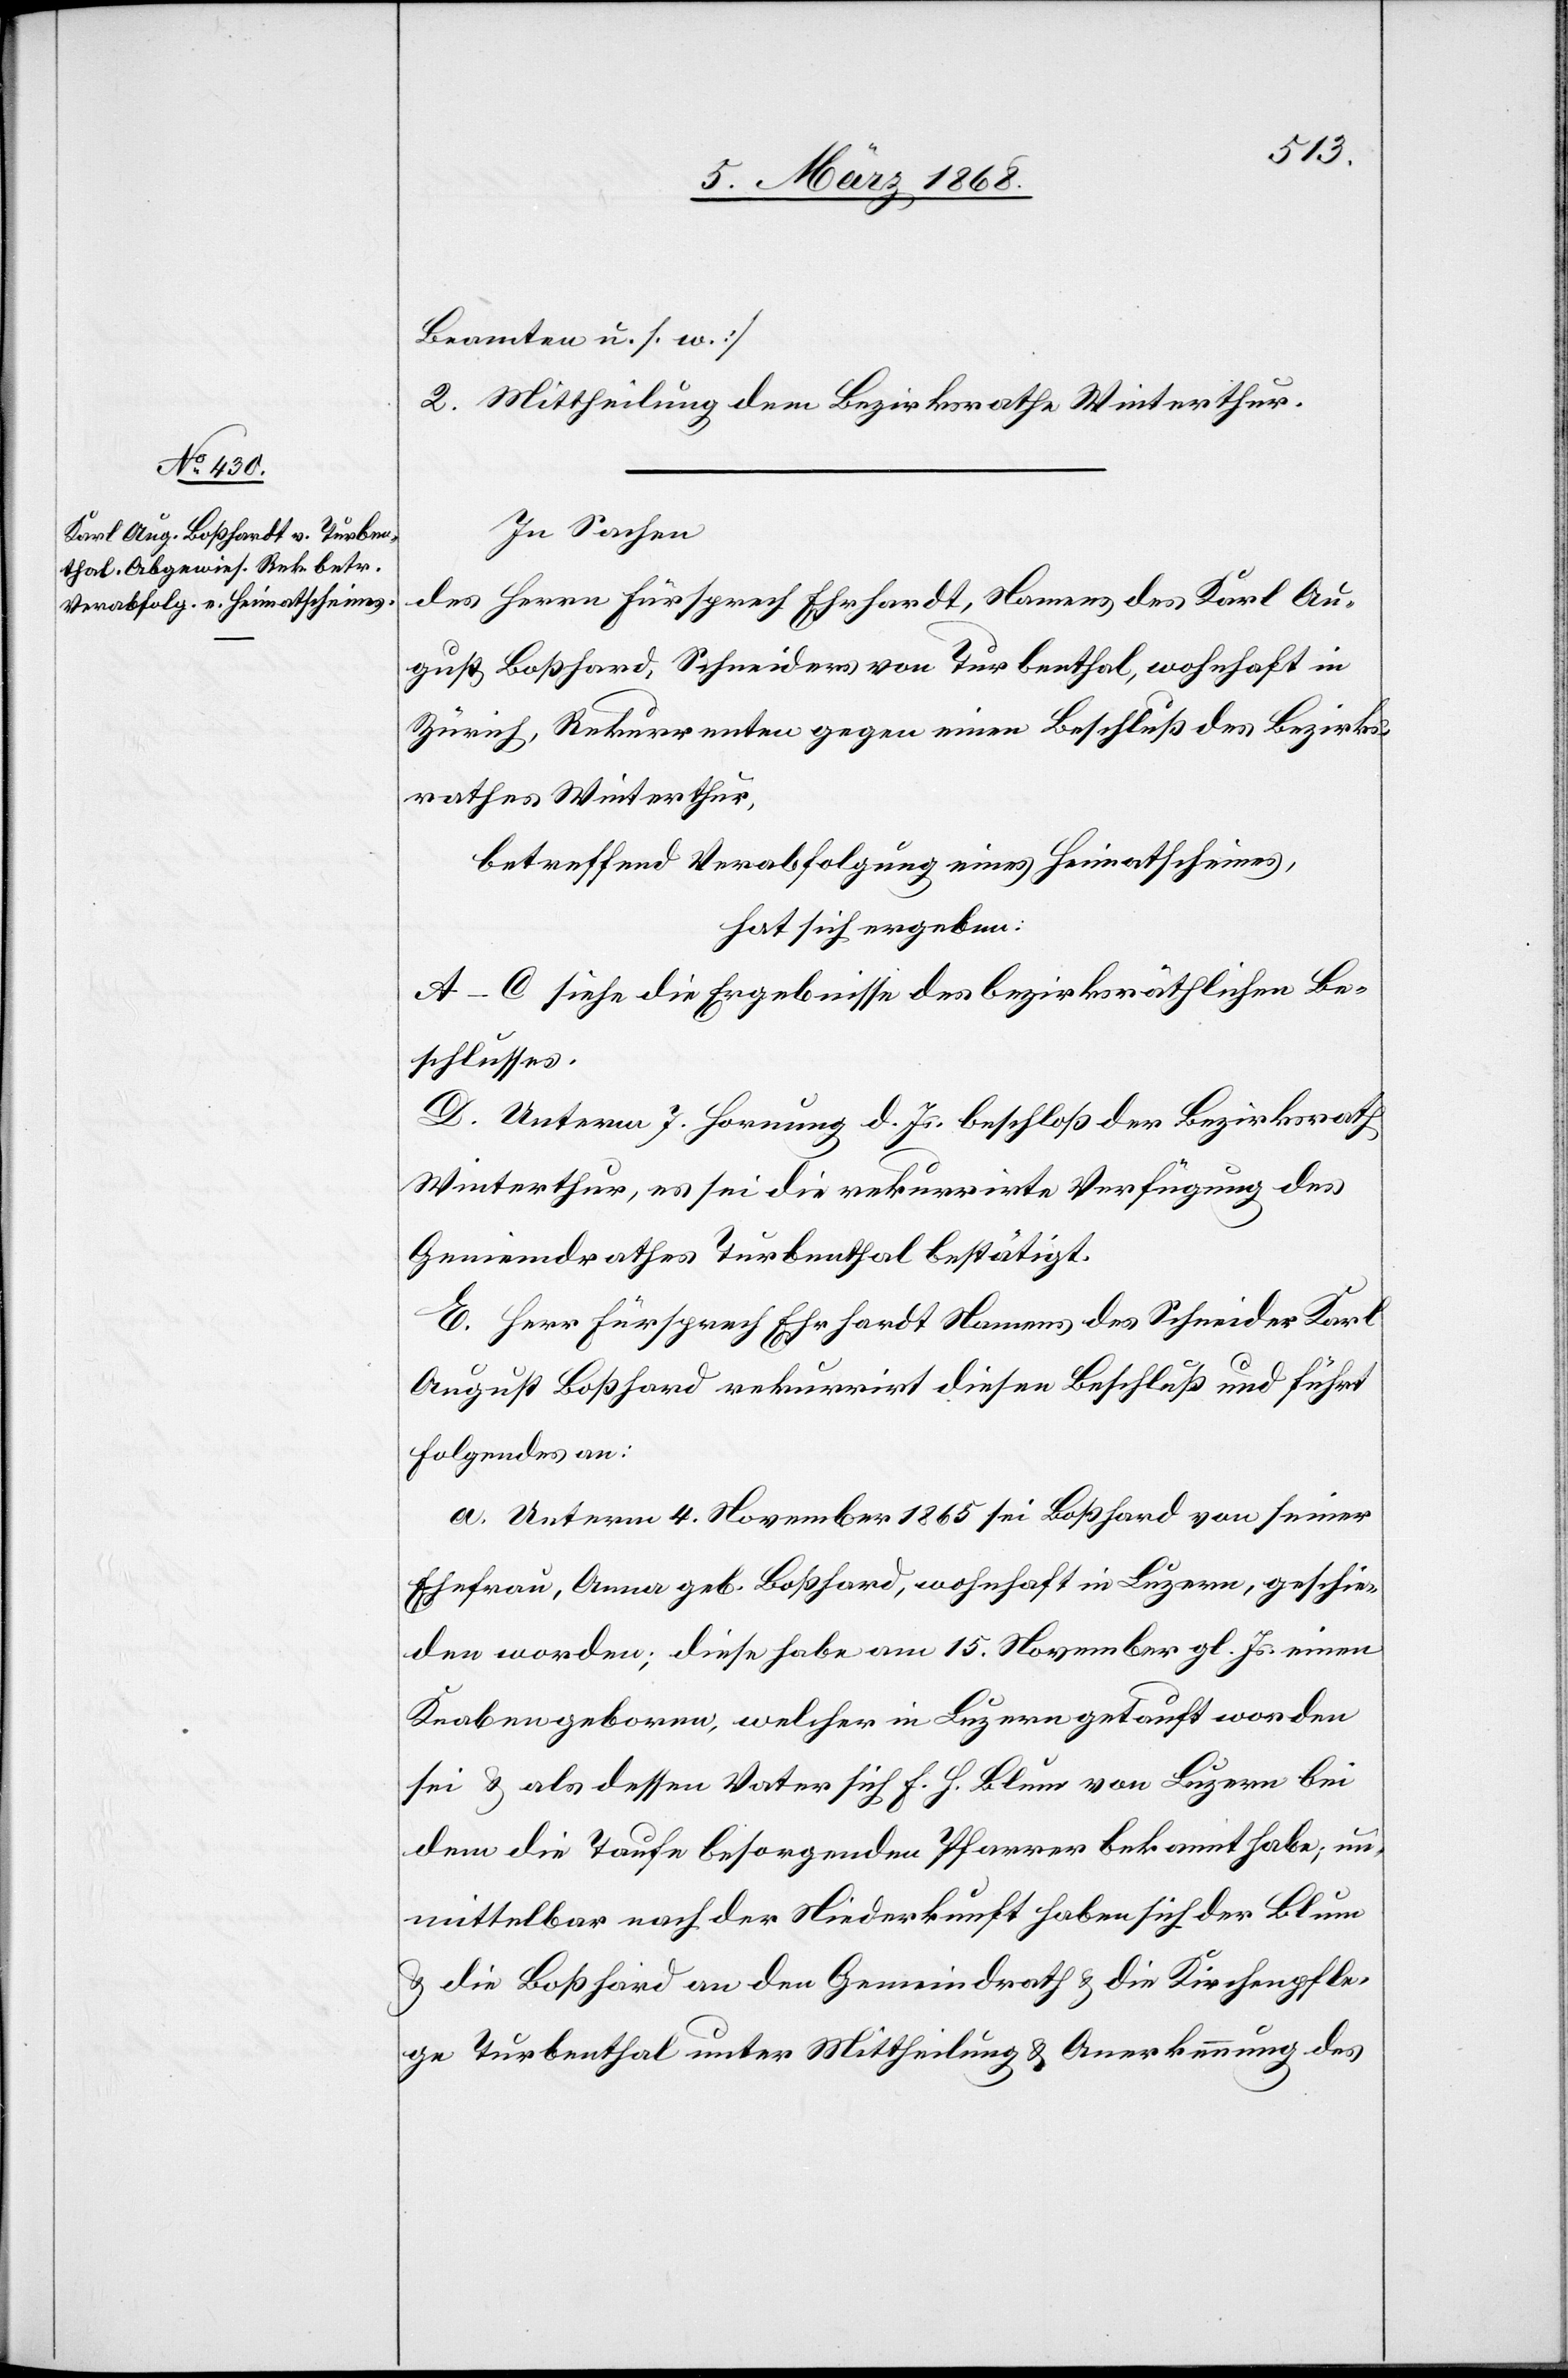
Beamten u. s. w.]
2. Mittheilung dem Bezirksrathe Winterthur.
In Sachen
des Herrn Fürsprech Ehrhardt, Namens des Karl Au¬
gust Boßhard [sic!], Schneiders von Turbenthal, wohnhaft in
Zürich, Rekurrenten gegen einen Beschluß des Bezirks¬
rathes Winterthur,
betreffend Verabfolgung eines Heimatscheines,
hat sich ergeben:
A–C siehe die Ergebnisse des bezirksräthlichen Be¬
schlusses.
D. Unterm 7. Hornung d. Js. beschloß der Bezirksrath
Winterthur, es sei die rekurrirte Verfügung des
Gemeindrathes Turbenthal bestätigt.
E. Herr Fürsprech Ehrhardt Namens des Schneider Karl
August Boßhard rekurrirt [gegen] diesen Beschluß und führt
Folgendes an:
a. Unterm 4. November 1865 sei Boßhard von seiner
Ehefrau, Anna geb. Boßhard, wohnhaft in Luzern, geschie¬
den worden; diese habe am 15. November gl. Js. einen
Knaben geboren, welcher in Luzern getauft worden
sei & als dessen Vater sich F. H. Blum von Luzern bei
dem die Taufe besorgenden Pfarrer bekannt habe; un¬
mittelbar nach der Niederkunft haben sich der Blum
& die Boßhard an den Gemeindrath & die Kirchenpfle¬
ge Turbenthal unter Mittheilung & Anerkennung des